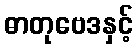
ဓာတုဗေဒနှင့်